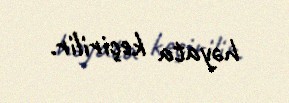
həyata keçirilir.